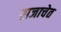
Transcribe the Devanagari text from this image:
राजाचेत